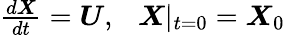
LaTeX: \begin{array}{r}{\frac{d\boldsymbol{X}}{dt}=\boldsymbol{U},~~~\boldsymbol{X}|_{t=0}=\boldsymbol{X}_{\mathrm{0}}}\end{array}